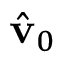
\hat { \mathbf { v } } _ { 0 }